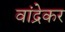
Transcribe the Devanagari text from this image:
वांद्रेकर